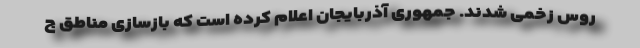
روس زخمی شدند. جمهوری آذربایجان اعلام کرده است که بازسازی مناطق ج